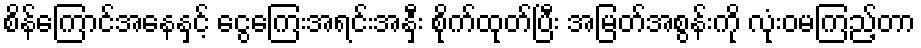
စိန်ကြောင်အနေနှင့် ငွေကြေးအရင်းအနှီး စိုက်ထုတ်ပြီး အမြတ်အစွန်းကို လုံးဝမကြည့်တာ